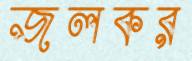
জলকর